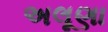
અલૂણા